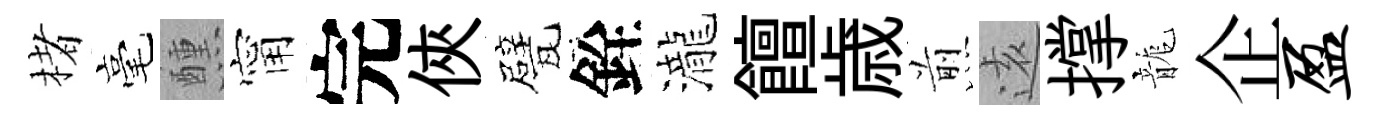
楮毫醺甯完俠甓銓瀧饘歳煎逺撑龍企盈